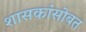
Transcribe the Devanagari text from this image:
शासकांसोबत